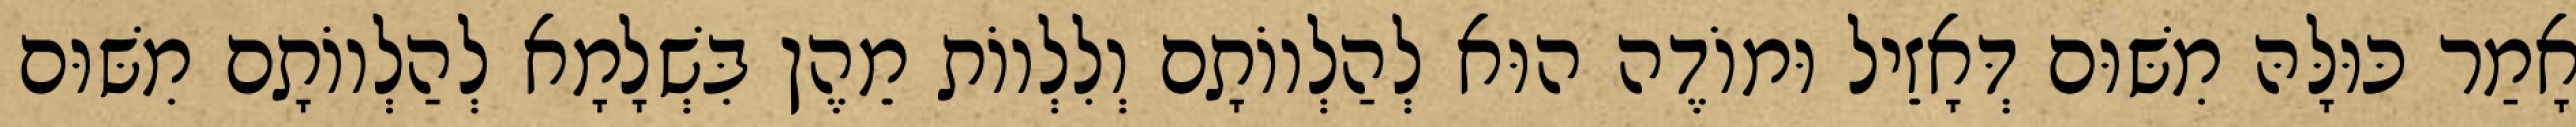
אָמַר כּוּלָּהּ מִשּׁוּם דְּאָזֵיל וּמוֹדֶה הוּא לְהַלְווֹתָם וְלִלְווֹת מֵהֶן בִּשְׁלָמָא לְהַלְווֹתָם מִשּׁוּם